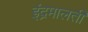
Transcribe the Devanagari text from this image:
इंद्रमालती